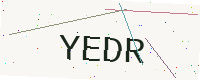
Text: YEDR